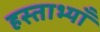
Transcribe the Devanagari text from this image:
हस्ताभ्याँ